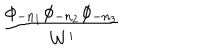
{ \frac { \phi _ { - n _ { 1 } } \phi _ { - n _ { 2 } } \phi _ { - n _ { 3 } } } { W ^ { \prime } } }